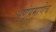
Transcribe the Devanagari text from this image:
अ्णूंप्रमाणेच